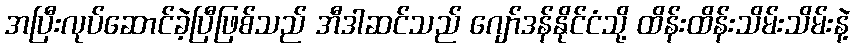
အပြီးလုပ်ဆောင်ခဲ့ပြီဖြစ်သည် အီဒါဆင်သည် ဂျော်ဒန်နိုင်ငံသို့ ထိန်းထိန်းသိမ်းသိမ်းနဲ့